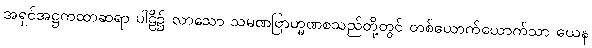
အရှင်အဋ္ဌကထာဆရာ ပါဠိ၌ လာသော သမဏဗြာဟ္မဏစသည်တို့တွင် တစ်ယောက်ယောက်သာ ယေန